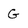
Character: G